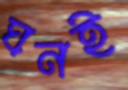
ঘনই